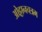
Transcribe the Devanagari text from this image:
ओट्टानचत्रम